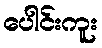
ပေါင်းကူး